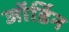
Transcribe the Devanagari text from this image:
जॉर्डिन